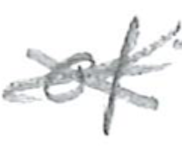
Text: of
Cross-out: cross
Writing tool: pencil